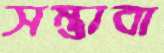
সম্ভাবা